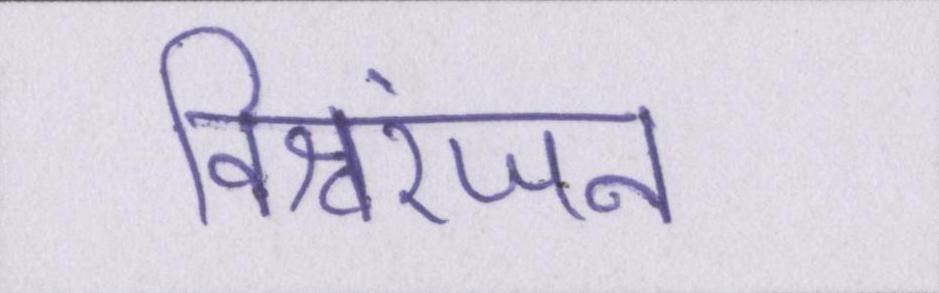
विश्वरंजन